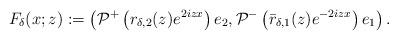
LaTeX: \begin{align*}F_{\delta}(x;z):=\left(\mathcal{P}^+\left(r_{\delta,2}(z) e^{2izx}\right)e_2, \mathcal{P}^-\left(\bar{r}_{\delta,1}(z) e^{-2izx}\right)e_1\right).\end{align*}